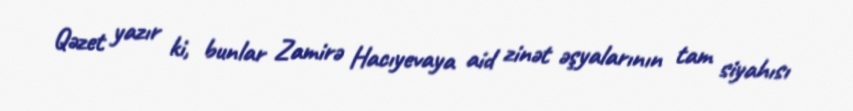
Qəzet yazır ki, bunlar Zamirə Hacıyevaya aid zinət əşyalarının tam siyahısı